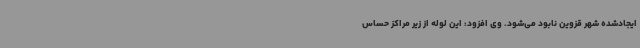
ایجادشده شهر قزوین نابود می‌شود. وی افزود: این لوله از زیر مراکز حساس